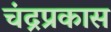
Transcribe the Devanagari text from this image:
चंद्रप्रकास